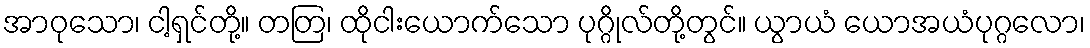
အာဝုသော၊ ငါ့ရှင်တို့။ တတြ၊ ထိုငါးယောက်သော ပုဂ္ဂိုလ်တို့တွင်။ ယွာယံ ယောအယံပုဂ္ဂလော၊